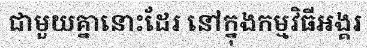
ជាមួយគ្នានោះដែរ នៅក្នុងកម្មវិធីអង្គរ